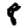
Digit: 8